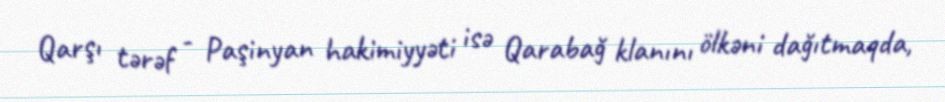
Qarşı tərəf - Paşinyan hakimiyyəti isə Qarabağ klanını ölkəni dağıtmaqda,